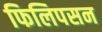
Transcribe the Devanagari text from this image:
फिलिपसन